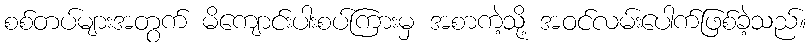
စစ်တပ်များအတွက် မိကျောင်းပါးစပ်ကြားမှ အစာကဲ့သို့ အဝင်လမ်းပေါက်ဖြစ်ခဲ့သည်။